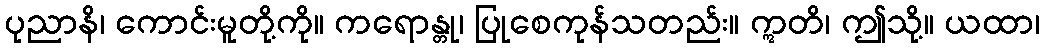
ပုညာနိ၊ ကောင်းမူတို့ကို။ ကရောန္တု၊ ပြုစေကုန်သတည်း။ ဣတိ၊ ဤသို့။ ယထာ၊